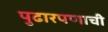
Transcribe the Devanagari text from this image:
पुढारपणाची